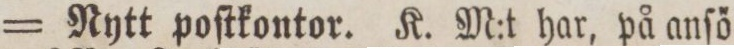
= Rytt poſtkontor. K. M:t har, på anſö=